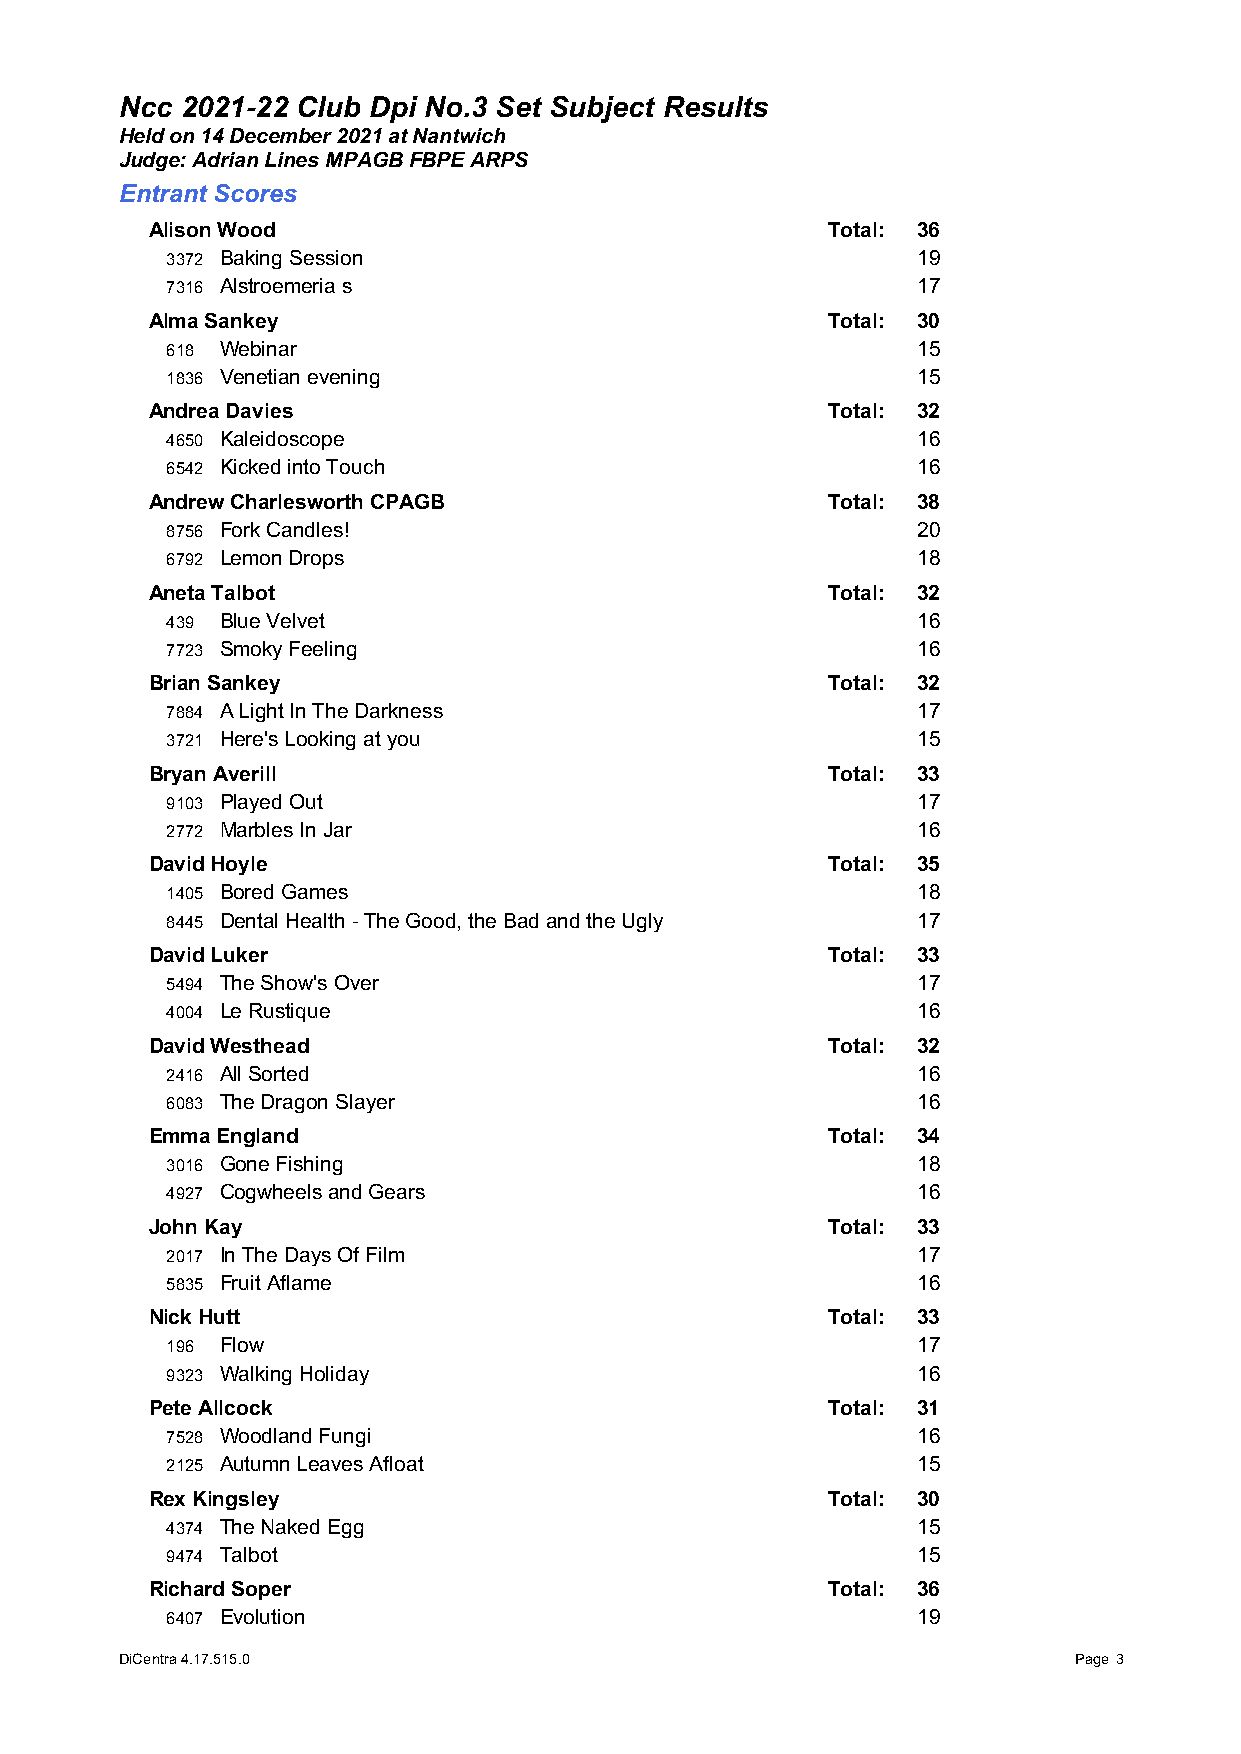
Ncc 2021-22 Club Dpi No.3 Set Subject Results
 Held on 14 December 2021 at Nantwich
 Judge: Adrian Lines MPAGB FBPE ARPS
 Entrant Scores
 Alison Wood                                  Total: 36
 3372 Baking Session                               19
 7316 Alstroemeria s                               17
 Alma Sankey                                  Total: 30
 618 Webinar                                       15
 1836 Venetian evening                             15
 Andrea Davies                                Total: 32
 4650 Kaleidoscope                                 16
 6542 Kicked into Touch                            16
 Andrew Charlesworth CPAGB                    Total: 38
 8756 Fork Candles!                                20
 6792 Lemon Drops                                  18
 Aneta Talbot                                 Total: 32
 439 Blue Velvet                                   16
 7723 Smoky Feeling                                16
 Brian Sankey                                 Total: 32
 7884 A Light In The Darkness                      17
 3721 Here's Looking at you                        15
 Bryan Averill                                Total: 33
 9103 Played Out                                   17
 2772 Marbles In Jar                               16
 David Hoyle                                  Total: 35
 1405 Bored Games                                  18
 8445 Dental Health - The Good, the Bad and the Ugly 17
 David Luker                                  Total: 33
 5494 The Show's Over                              17
 4004 Le Rustique                                  16
 David Westhead                               Total: 32
 2416 All Sorted                                   16
 6083 The Dragon Slayer                            16
 Emma England                                 Total: 34
 3016 Gone Fishing                                 18
 4927 Cogwheels and Gears                          16
 John Kay                                     Total: 33
 2017 In The Days Of Film                          17
 5835 Fruit Aflame                                 16
 Nick Hutt                                    Total: 33
 196 Flow                                          17
 9323 Walking Holiday                              16
 Pete Allcock                                 Total: 31
 7528 Woodland Fungi                               16
 2125 Autumn Leaves Afloat                         15
 Rex Kingsley                                 Total: 30
 4374 The Naked Egg                                15
 9474 Talbot                                       15
 Richard Soper                                Total: 36
 6407 Evolution                                    19
 DiCentra 4.17.515.0                                            Page 3